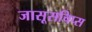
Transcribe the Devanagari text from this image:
जासूसचिप्स